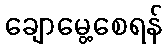
ချောမွေ့စေရန်